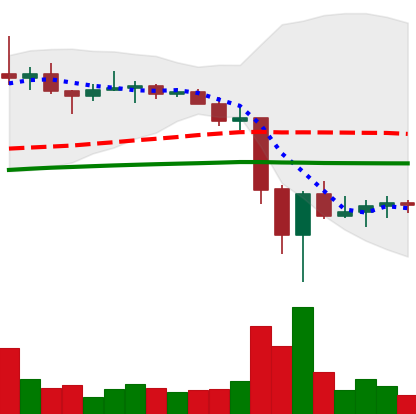
Ticker: TRX-USD
Chart end date: 2022-06-20
Forward return: 6.152%
Label: up_5_7